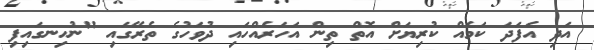
އަދި އެފަދަ ކަމެއް ކުރިޔަށް އޮތް ތިން އަހަރެއްހައި ދުވަހުގެ ތެރޭގައި "ނުހިނގައިފި